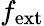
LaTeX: f_{\mathrm{ext}}